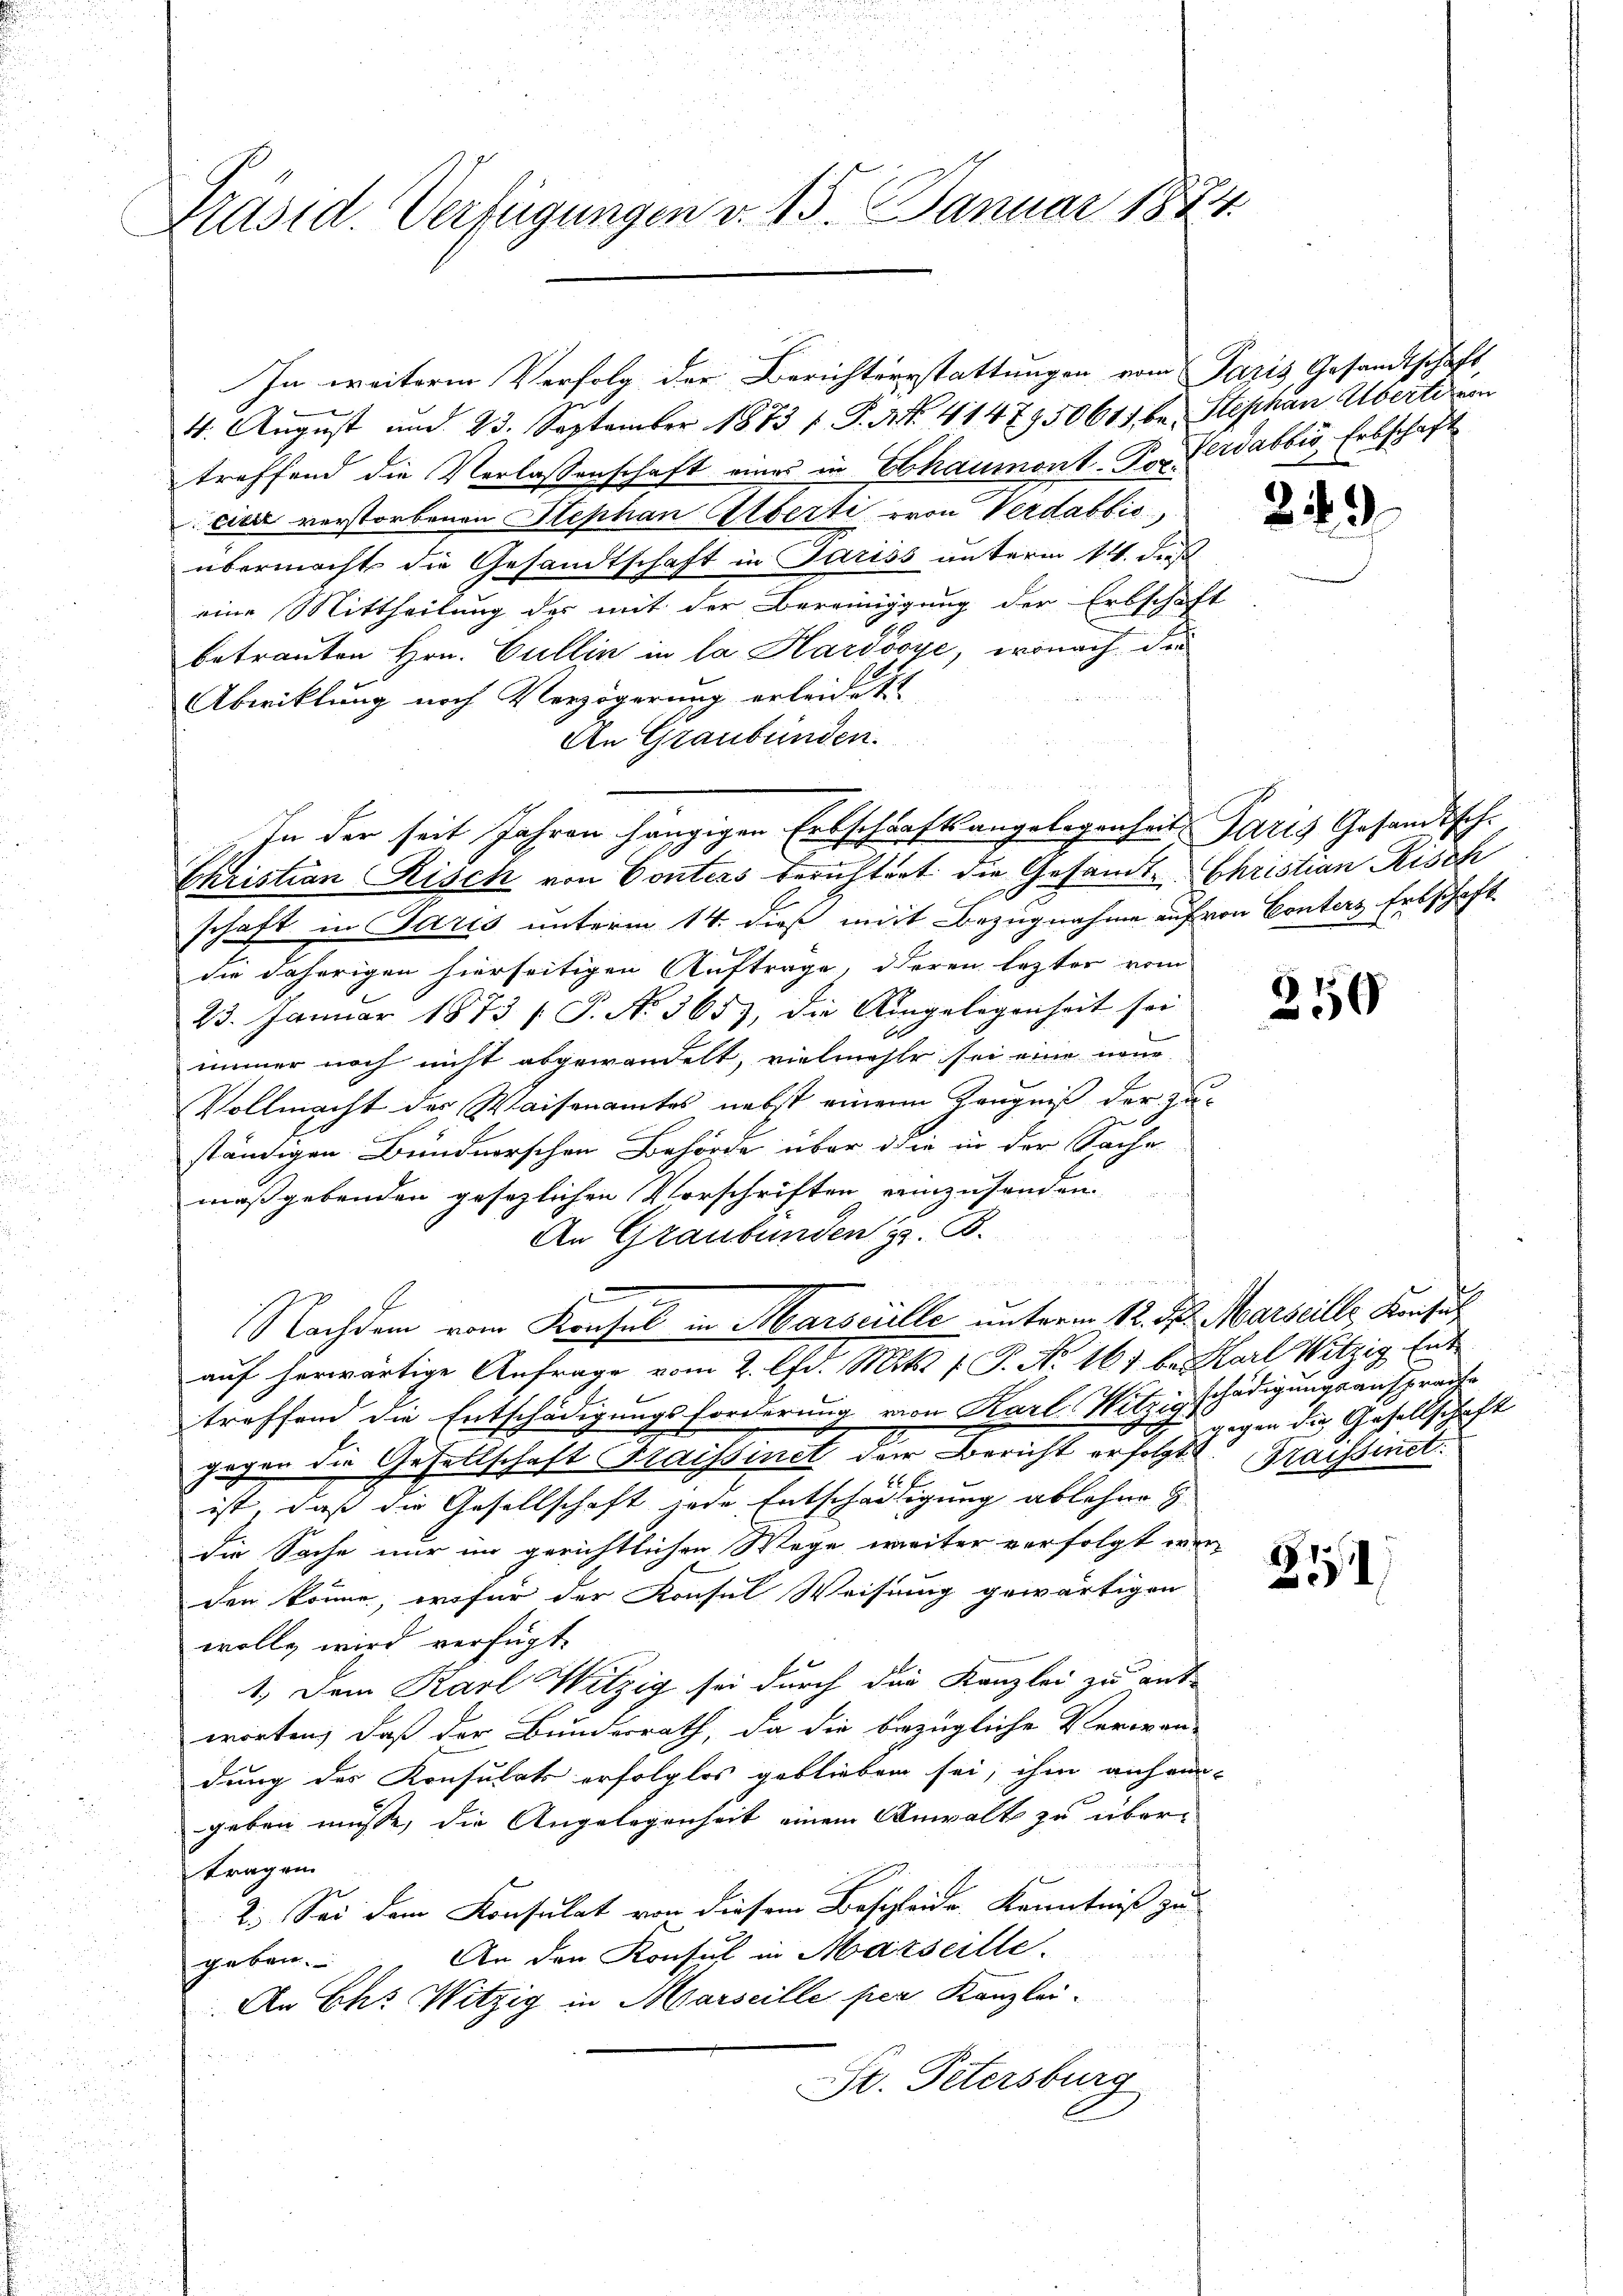
Präsid. Verfügungen v. 15. Januar 1874.

In weitere Verfolg der Berichtersstattungen vom Paris Gesandtschaft,
4. August und 23. September 1873 f. P. Nr. 414 7950613 bei Stephan Übertriem
treffend die Verlassenschaft eines in Chaumont. Der Verdabbis, Erbschaft
cier verstorbenen Stephan Alberti, von Verdabbis
übermacht die Gesandtschaft in Pariss unterm 14. dieß
eine Mittheilung der mit der Bereinigung der Erbschaft
betrauten Hrn. Cullin in la Hardooye, wonach die
Abwicklung nach Verzögerung erleidet
An Graubünden.
schaft in Paris unterm 14. dieß mit Bezugnahme auf von Conters Erbschaft
die daherigen hierseitigen Auftrage, deren lezter vom
23. Januar 1873 / P. No 365), die Eingelegenheit sei
immer noch nicht abgewandelt, vielmehle sei eine neue
Vollmacht der Waisenamtes nebst einem Zeugniß der Zu¬
2
ständigen Bündnerschen Behörde über die in der Sache
maßgebenden gesezlichen Vorschriften einzusenden.
An Graubünden z. B.
Nachdem vom Konsul in Marseille unterm 12. d. Marseille Konsul
auf herwärtige Anfrage vom 2. d. Mts. f. P. Nr. 167 be Karl Witzig Ent
treffend die Entschädigungsforderung von Karl-Nitzigschädigungsansprache
gegen die Gesellschaft Kraissinet der Bericht erfolgte Kraissinet
ist, daß die Gesellschaft jede Entschädigung ablehnen
die Sache nur im gerichtlichen Wege weiter verfolgt wer
den könne, wofür der Konsul Weisung gewärtigen
wolle wird verfügt:
1. Dem Karl Witzig sei durch die Kanzlei zu ent-
worten, daß der Bunderrath, da die bezügliche Veroran-
dung des Konsulats erfolglos geblieben sei, ihm anhein-
geben müsse, die Angelegenheit einem Anwalt zu übertragen.
2.) Sei dem Konsulat von diesem Beschleide, Kenntniß zu
An den Konsul in Marseille.
geben.
An Chr. Witzig in Marseille per Kanzlei-
t. Petersburg

In der seit Jahren hängigen Erbschärft angelegenheit. Paris Gesandtisch-
Ehristian Risch von Ponters berichtert die Gesandt- Christian Risch

243

250

gegen die Gesellschaft

8
1